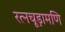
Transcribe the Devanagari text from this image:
रत्नचूड़ामणि